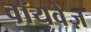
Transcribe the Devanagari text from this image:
वॉयवेज़